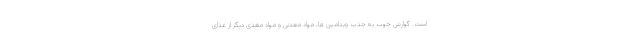
است. گوارش خوب به جذب ویتامین ها، مواد معدنی و مواد مغذی دیگر از غذای